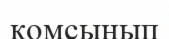
қомсынып